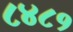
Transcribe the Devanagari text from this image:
८४८१